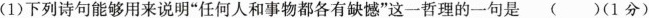
(1)下列诗句能够用来说明”任何人和事物都各有缺憾”这一哲理的一句是 ()(1分)